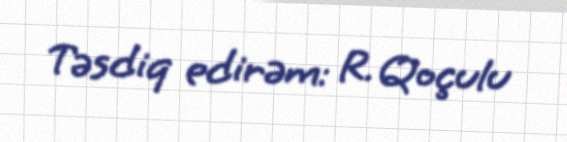
Təsdiq edirəm: R. Qoçulu